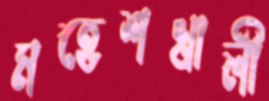
মহেশখালী